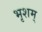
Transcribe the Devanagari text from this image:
भृशम्‌